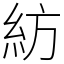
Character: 紡